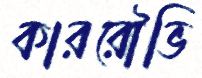
কাররৌভি